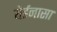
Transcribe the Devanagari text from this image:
येईनासा